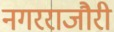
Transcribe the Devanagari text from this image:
नगरराजौरी